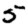
Digit: 5